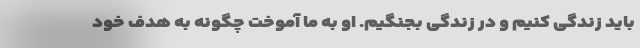
باید زندگی کنیم و در زندگی بجنگیم. او به ما آموخت چگونه به هدف خود